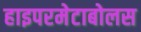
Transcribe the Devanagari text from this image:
हाइपरमेटाबोलस